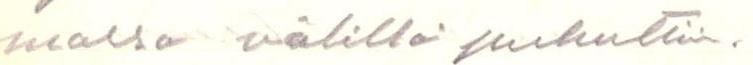
massa välillä puhuttiin.